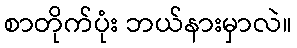
စာတိုက်ပုံး ဘယ်နားမှာလဲ။